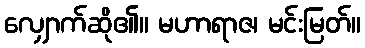
လျှောက်ဆို၏။ မဟာရာဇ၊ မင်းမြတ်။